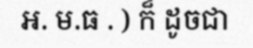
អ. ម.ធ . ) ក៏ ដូចជា